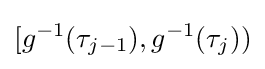
[g^{-1}(\tau _{j-1}),g^{-1}(\tau _{j}))